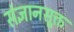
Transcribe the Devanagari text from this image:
संज्ञानसूक्त